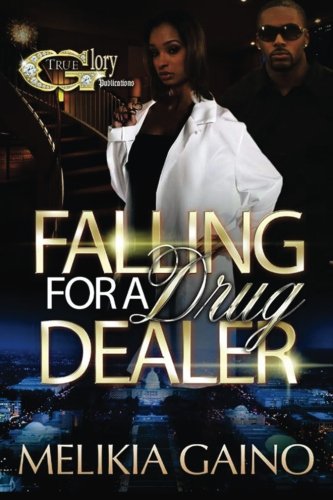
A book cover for Falling For a Drug Dealer (Volume 1); Melikia Gaino; Literature & Fiction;